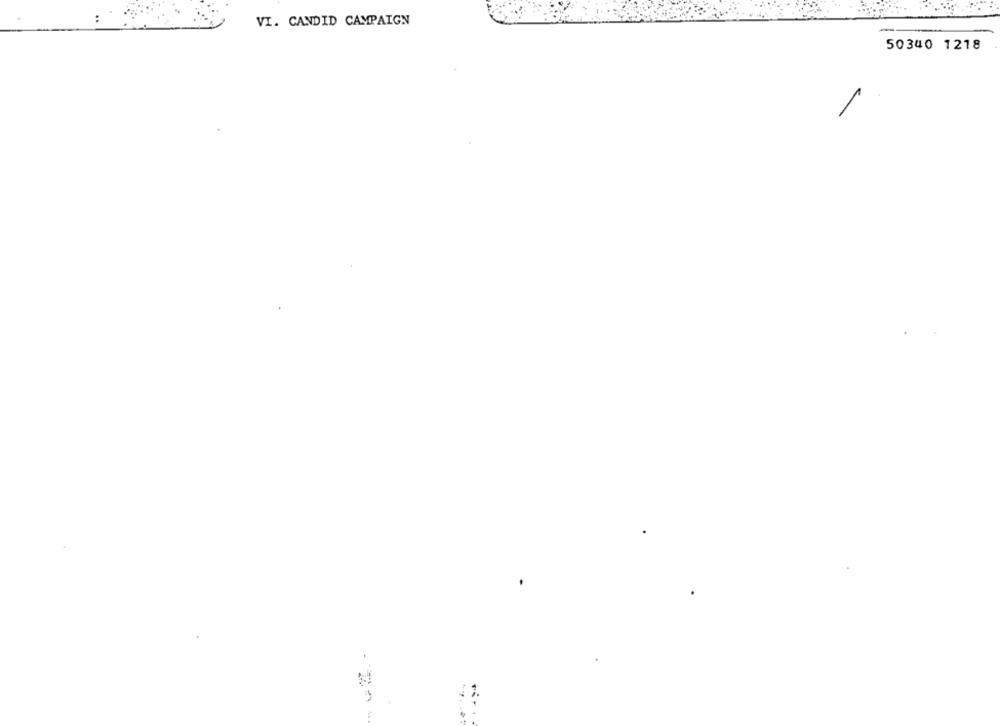
VI. CANDID CAMPAIGN
50340 1218